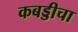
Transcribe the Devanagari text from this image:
कबड्डीचा